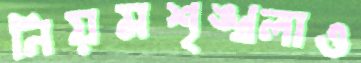
নিয়মশৃঙ্খলাও